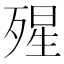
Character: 𣨾